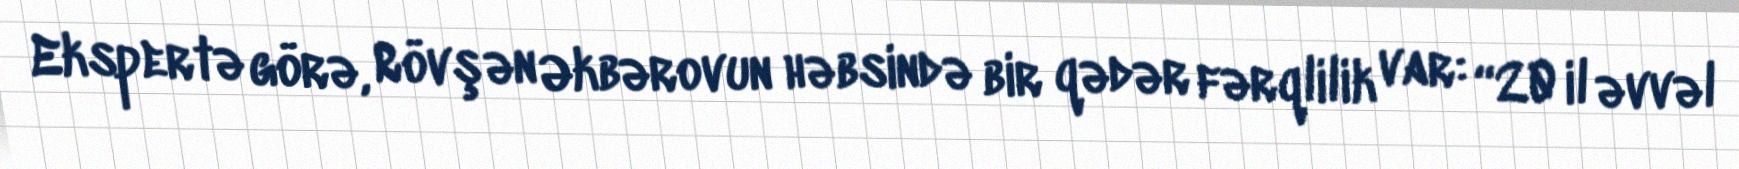
Ekspertə görə, Rövşən Əkbərovun həbsində bir qədər fərqlilik var: “20 il əvvəl